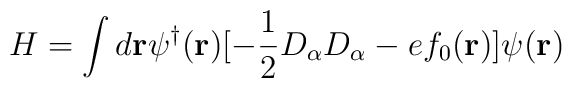
H=\int d{\bf r}\psi^\dagger ({\bf r})[-\frac {1}{2}D_\alpha D_\alpha -ef_0({\bf r})]\psi ({\bf r})